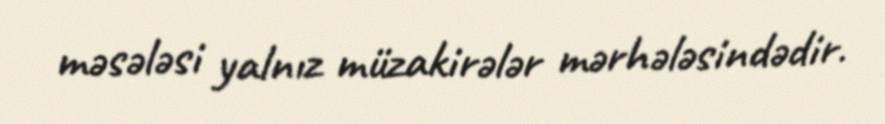
məsələsi yalnız müzakirələr mərhələsindədir.